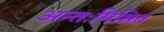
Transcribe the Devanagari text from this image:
अन्तःमिश्रित